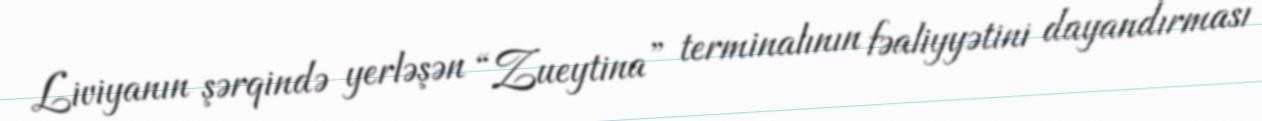
Liviyanın şərqində yerləşən “Zueytina” terminalının fəaliyyətini dayandırması